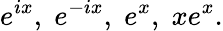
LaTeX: e^{ix},\; e^{-ix},\; e^{x},\; xe^{x}.